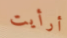
أرأيت